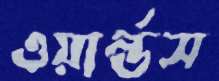
ওয়ার্ল্ডস